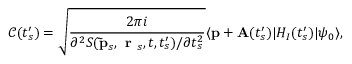
\mathcal { C } ( t _ { s } ^ { \prime } ) = \sqrt { \frac { 2 \pi i } { \partial ^ { 2 } S ( \mathbf { \tilde { p } } _ { s } , \textbf { r } _ { s } , t , t _ { s } ^ { \prime } ) / \partial t _ { s } ^ { 2 } } } \langle \mathbf { p } + \mathbf { A } ( t _ { s } ^ { \prime } ) | H _ { I } ( t _ { s } ^ { \prime } ) | \psi _ { 0 } \rangle ,